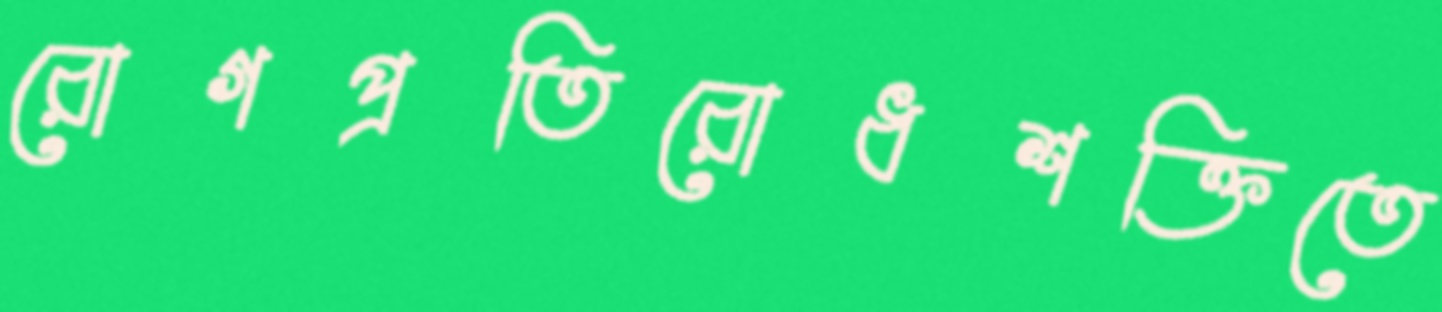
রোগপ্রতিরোধশক্তিতে